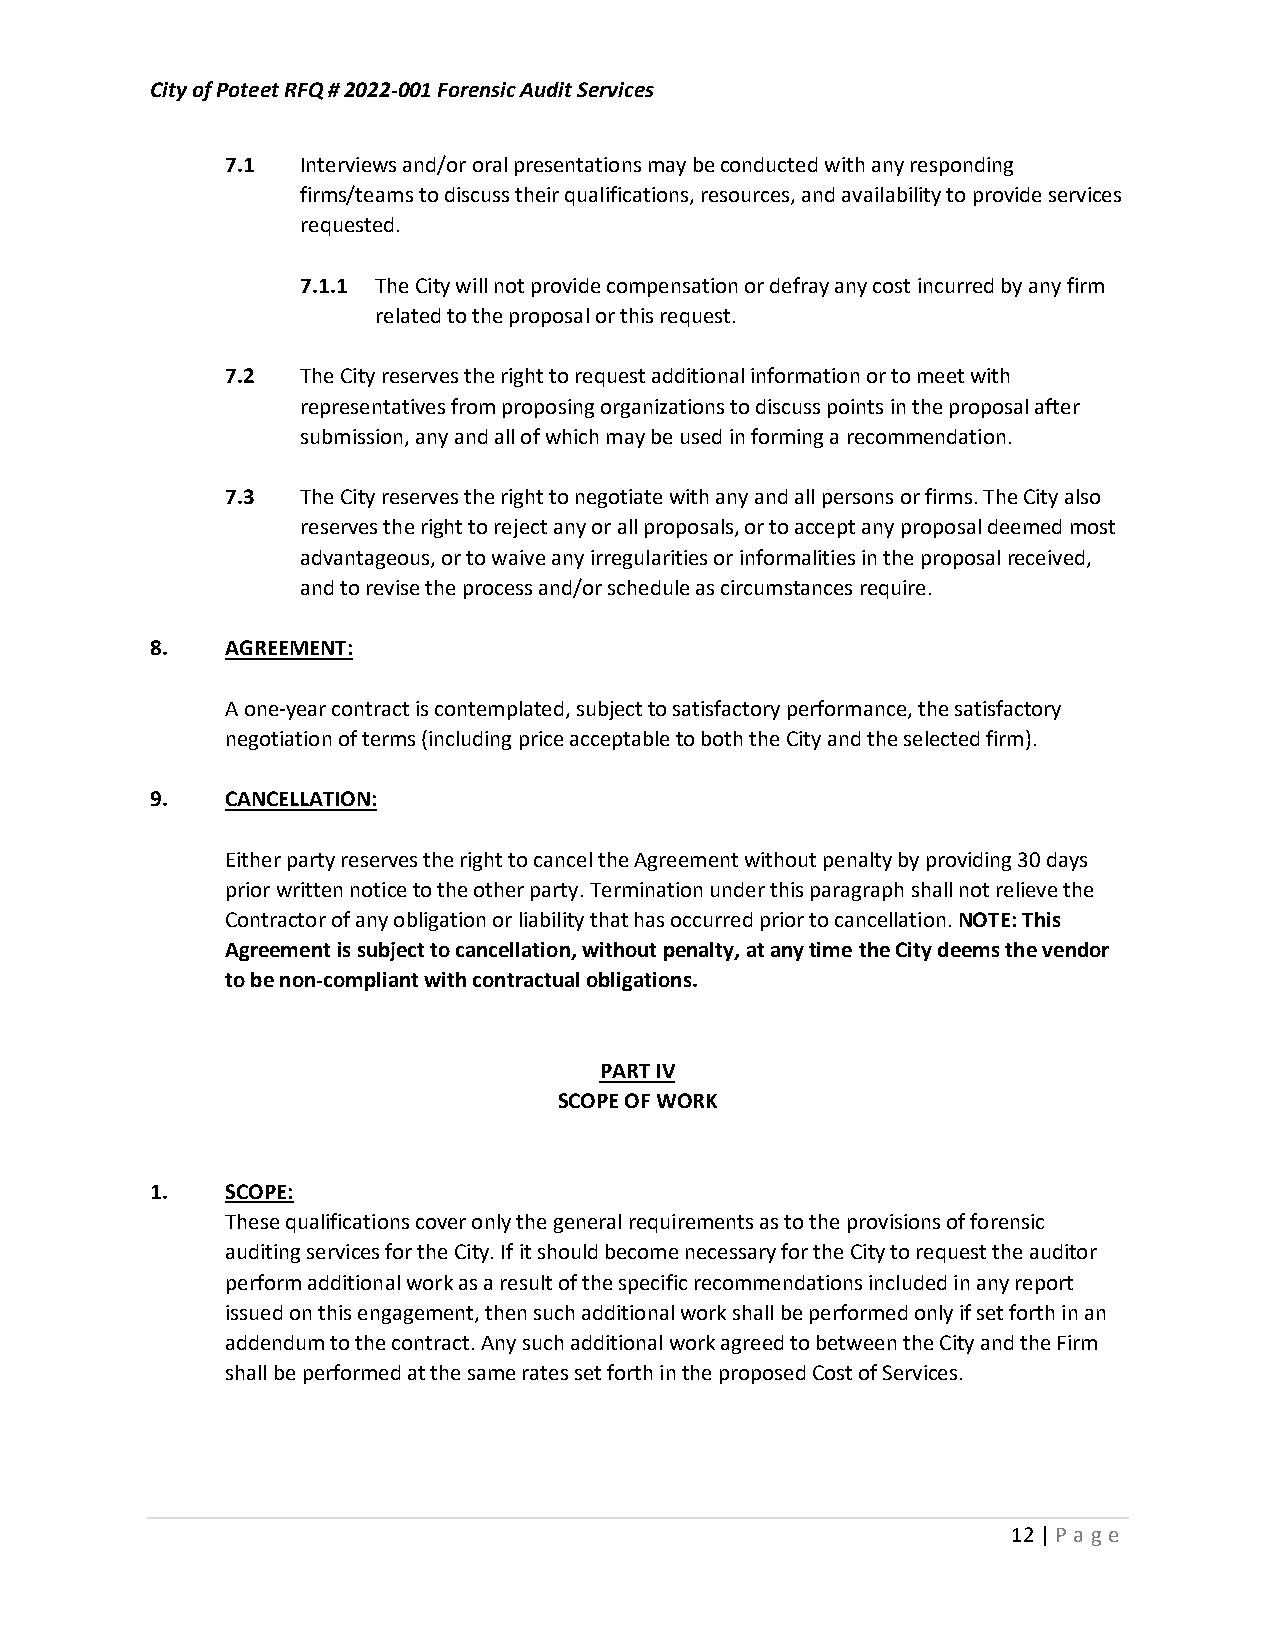
City of Poteet RFQ # 2022-001 Forensic Audit Services
 7.1  Interviews and/or oral presentations may be conducted with any responding
 firms/teams to discuss their qualifications, resources, and availability to provide services
 requested.
 7.1.1 The City will not provide compensation or defray any cost incurred by any firm
 related to the proposal or this request.
 7.2  The City reserves the right to request additional information or to meet with
 representatives from proposing organizations to discuss points in the proposal after
 submission, any and all of which may be used in forming a recommendation.
 7.3  The City reserves the right to negotiate with any and all persons or firms. The City also
 reserves the right to reject any or all proposals, or to accept any proposal deemed most
 advantageous, or to waive any irregularities or informalities in the proposal received,
 and to revise the process and/or schedule as circumstances require.
 8.   AGREEMENT:
 A one-year contract is contemplated, subject to satisfactory performance, the satisfactory
 negotiation of terms (including price acceptable to both the City and the selected firm).
 9.   CANCELLATION:
 Either party reserves the right to cancel the Agreement without penalty by providing 30 days
 prior written notice to the other party. Termination under this paragraph shall not relieve the
 Contractor of any obligation or liability that has occurred prior to cancellation. NOTE: This
 Agreement is subject to cancellation, without penalty, at any time the City deems the vendor
 to be non-compliant with contractual obligations.
 PART IV
 SCOPE OF WORK
 1.   SCOPE:
 These qualifications cover only the general requirements as to the provisions of forensic
 auditing services for the City. If it should become necessary for the City to request the auditor
 perform additional work as a result of the specific recommendations included in any report
 issued on this engagement, then such additional work shall be performed only if set forth in an
 addendum to the contract. Any such additional work agreed to between the City and the Firm
 shall be performed at the same rates set forth in the proposed Cost of Services.
 12 | P age